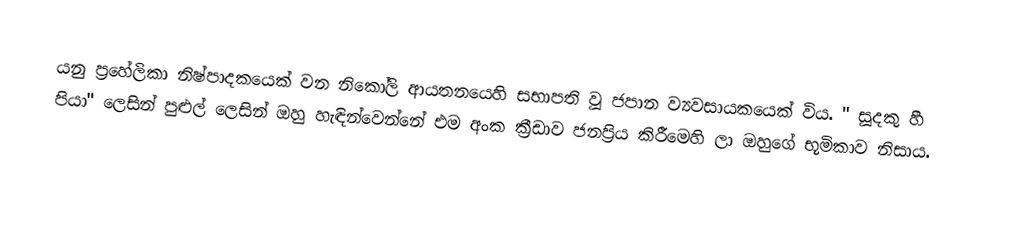
යනු ප්‍රහේලිකා නිෂ්පාදකයෙක් වන නිකෝලි ආයතනයෙහි සභාපති වූ  ජපාන ව්‍යවසායකයෙක් විය. " සූදකු හී පියා" ලෙසින් පුළුල් ලෙසින් ඔහු හැඳින්වෙන්නේ එම අංක ක්‍රීඩාව ජනප්‍රිය කිරීමෙහි ලා ඔහුගේ භූමිකාව නිසාය.